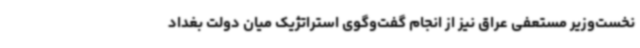
نخست‌وزیر مستعفی عراق نیز از انجام گفت‌وگوی استراتژیک میان دولت بغداد